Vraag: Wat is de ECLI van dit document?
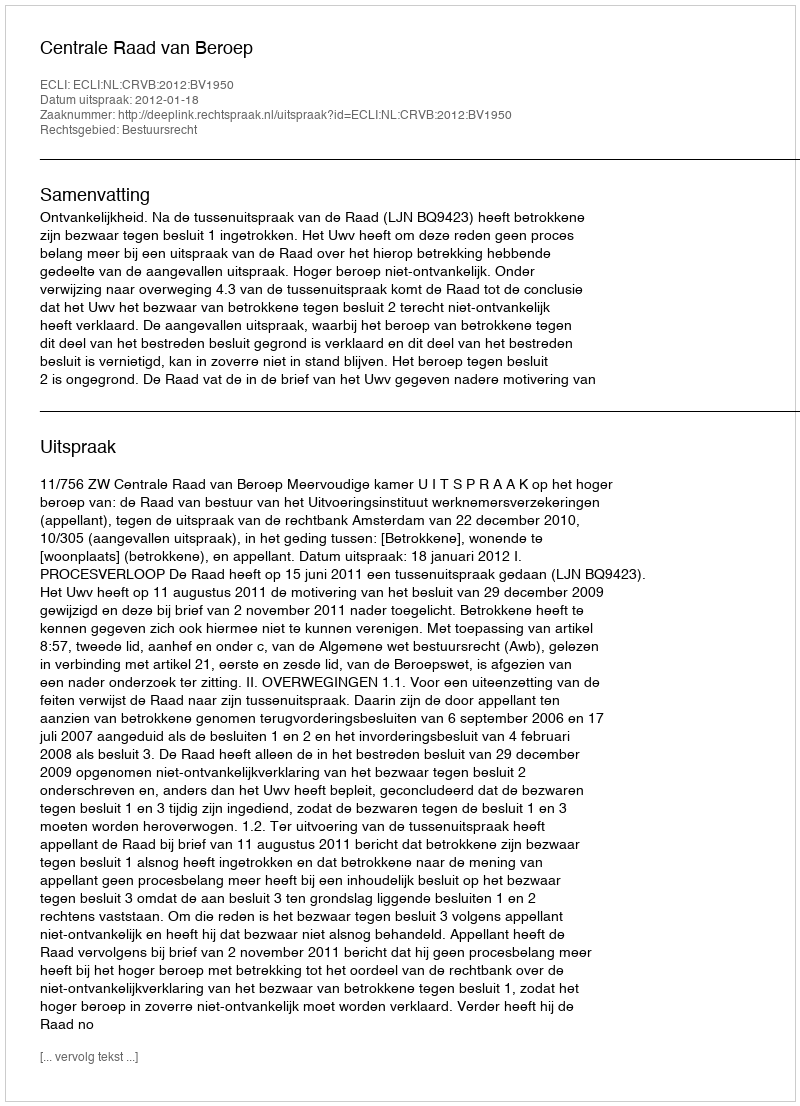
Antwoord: ECLI:NL:CRVB:2012:BV1950